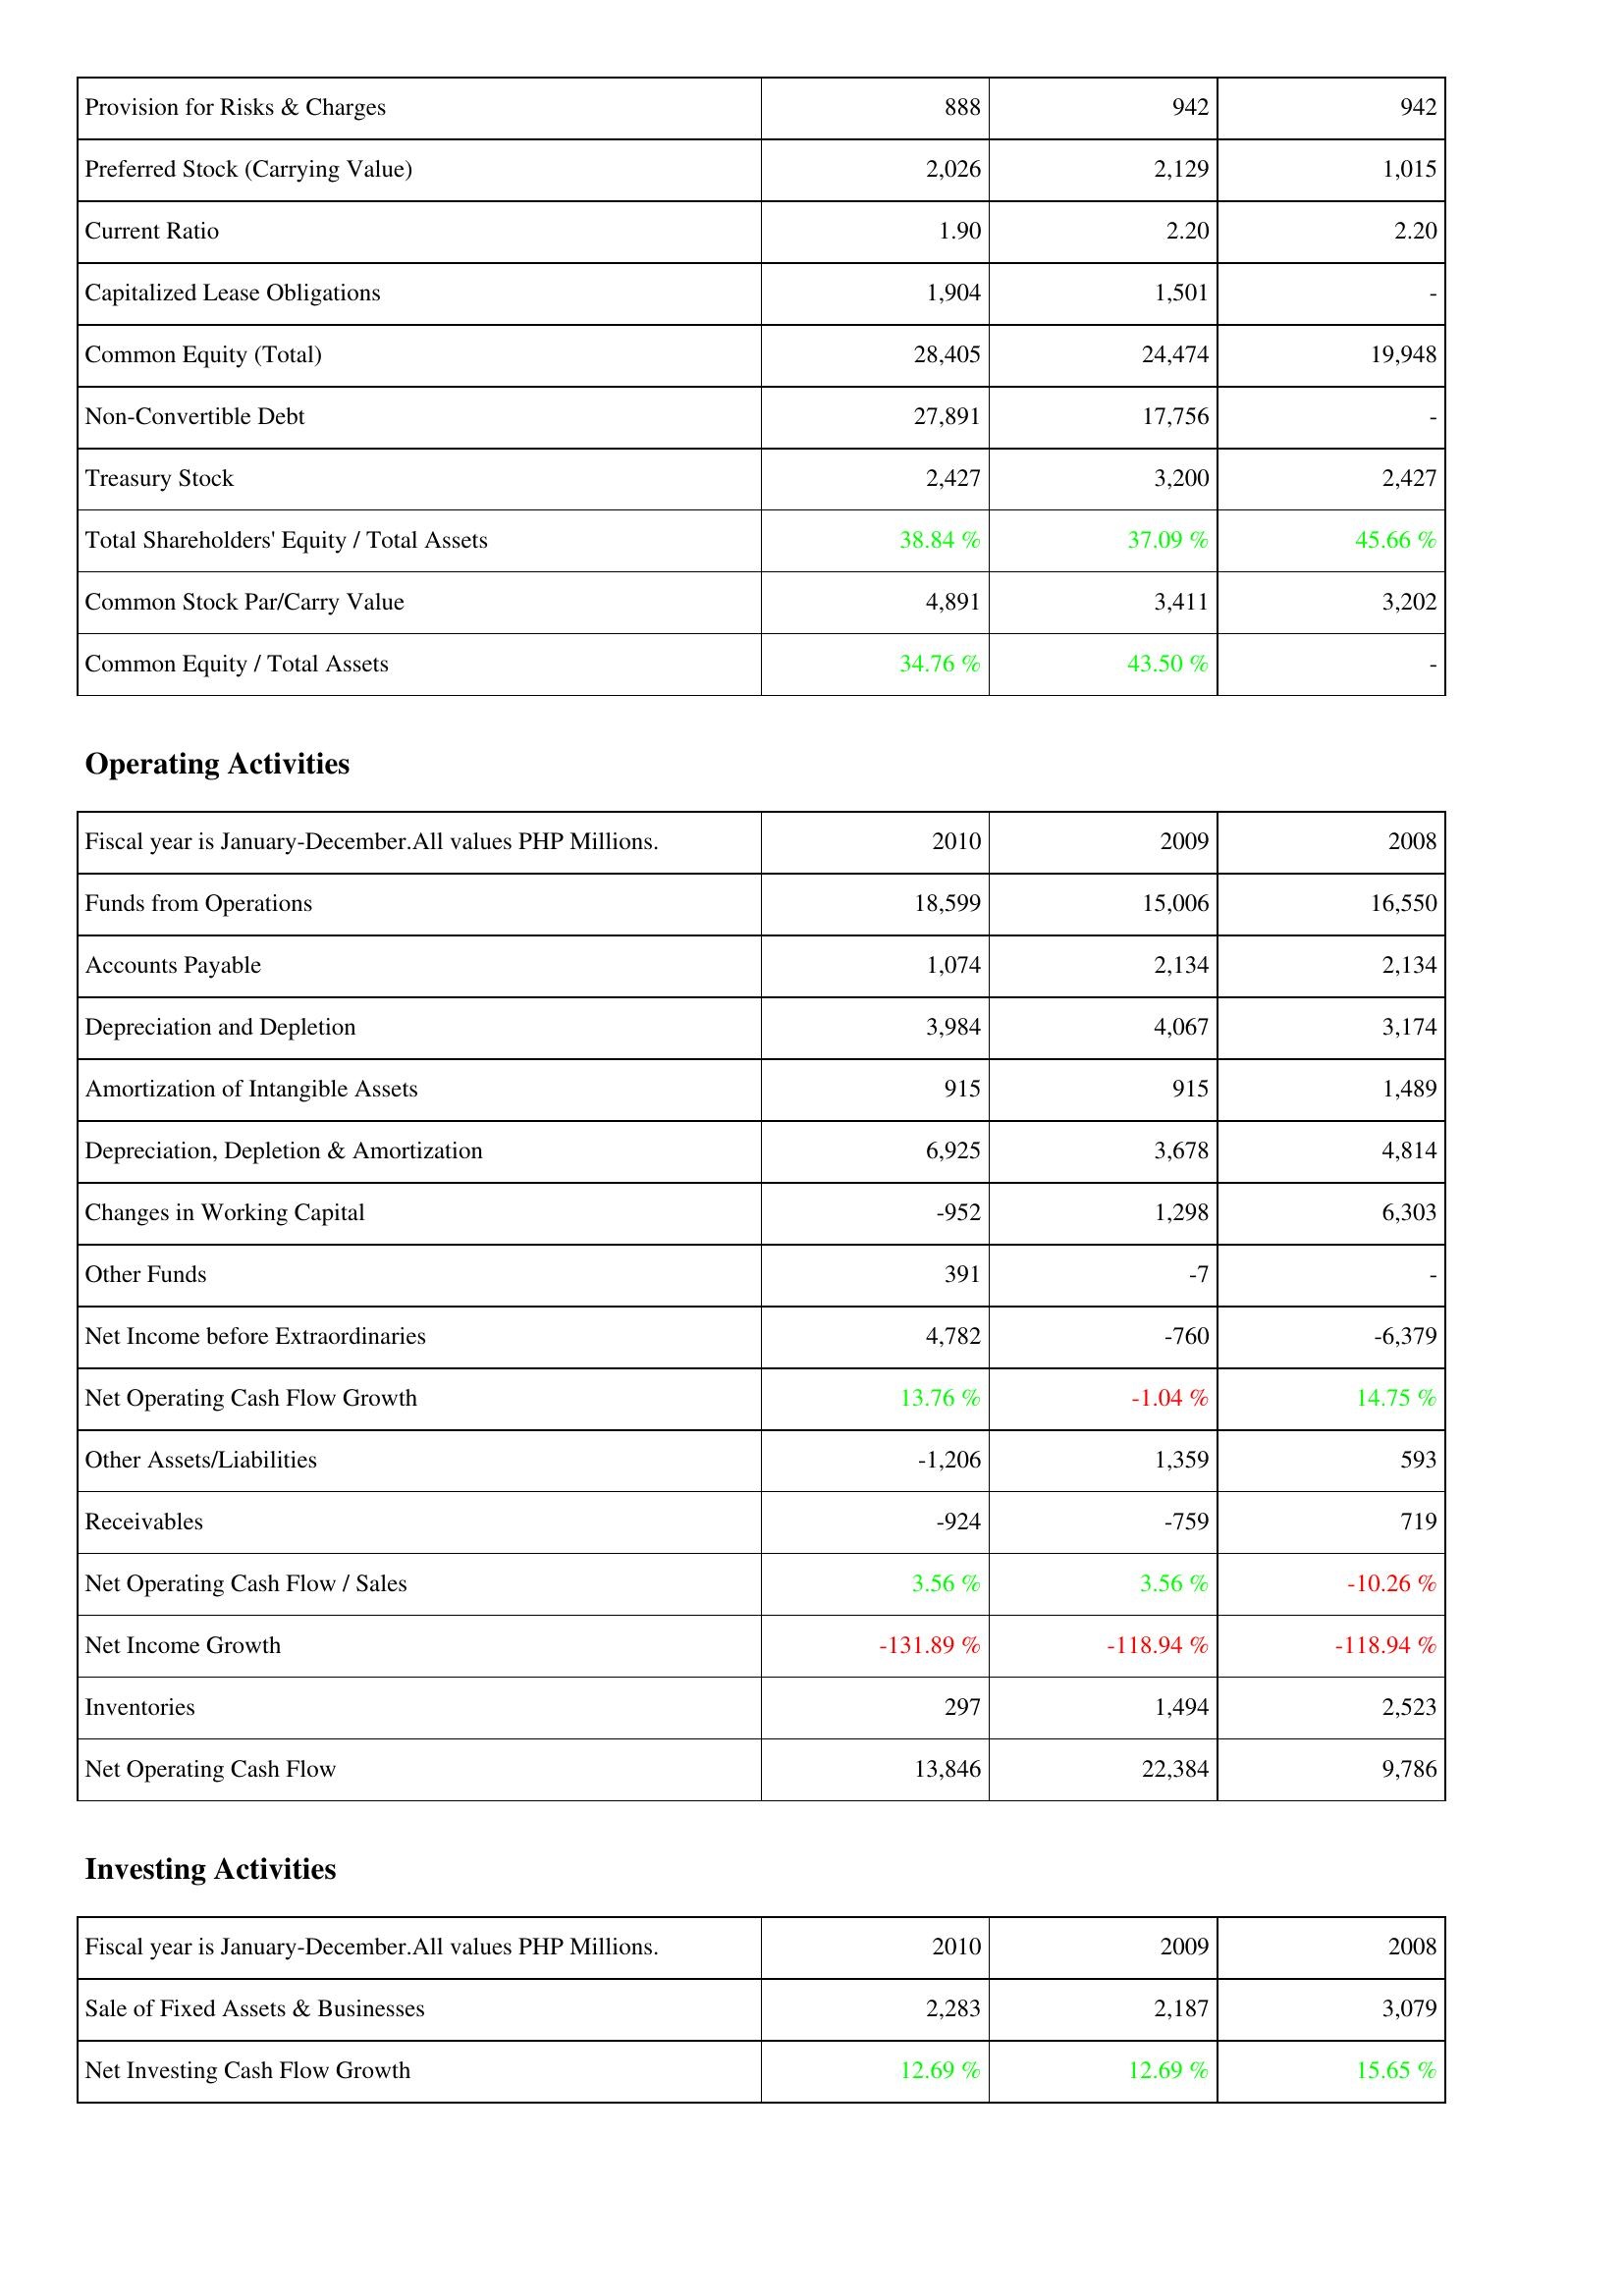
2010: Liabilities & Shareholders' Equity: Provision for Risks & Charges: 888
Preferred Stock (Carrying Value): 2,026
Current Ratio: 1.90
Capitalized Lease Obligations: 1,904
Common Equity (Total): 28,405
Non-Convertible Debt: 27,891
Treasury Stock: 2,427
Total Shareholders' Equity / Total Assets: 38.84 %
Common Stock Par/Carry Value: 4,891
Common Equity / Total Assets: 34.76 %
Operating Activities: Funds from Operations: 18,599
Accounts Payable: 1,074
Depreciation and Depletion: 3,984
Amortization of Intangible Assets: 915
Depreciation, Depletion & Amortization: 6,925
Changes in Working Capital: -952
Other Funds: 391
Net Income before Extraordinaries: 4,782
Net Operating Cash Flow Growth: 13.76 %
Other Assets/Liabilities: -1,206
Receivables: -924
Net Operating Cash Flow / Sales: 3.56 %
Net Income Growth: -131.89 %
Inventories: 297
Net Operating Cash Flow: 13,846
Investing Activities: Sale of Fixed Assets & Businesses: 2,283
Net Investing Cash Flow Growth: 12.69 %
2009: Liabilities & Shareholders' Equity: Provision for Risks & Charges: 942
Preferred Stock (Carrying Value): 2,129
Current Ratio: 2.20
Capitalized Lease Obligations: 1,501
Common Equity (Total): 24,474
Non-Convertible Debt: 17,756
Treasury Stock: 3,200
Total Shareholders' Equity / Total Assets: 37.09 %
Common Stock Par/Carry Value: 3,411
Common Equity / Total Assets: 43.50 %
Operating Activities: Funds from Operations: 15,006
Accounts Payable: 2,134
Depreciation and Depletion: 4,067
Amortization of Intangible Assets: 915
Depreciation, Depletion & Amortization: 3,678
Changes in Working Capital: 1,298
Other Funds: -7
Net Income before Extraordinaries: -760
Net Operating Cash Flow Growth: -1.04 %
Other Assets/Liabilities: 1,359
Receivables: -759
Net Operating Cash Flow / Sales: 3.56 %
Net Income Growth: -118.94 %
Inventories: 1,494
Net Operating Cash Flow: 22,384
Investing Activities: Sale of Fixed Assets & Businesses: 2,187
Net Investing Cash Flow Growth: 12.69 %
2008: Liabilities & Shareholders' Equity: Provision for Risks & Charges: 942
Preferred Stock (Carrying Value): 1,015
Current Ratio: 2.20
Capitalized Lease Obligations: -
Common Equity (Total): 19,948
Non-Convertible Debt: -
Treasury Stock: 2,427
Total Shareholders' Equity / Total Assets: 45.66 %
Common Stock Par/Carry Value: 3,202
Common Equity / Total Assets: -
Operating Activities: Funds from Operations: 16,550
Accounts Payable: 2,134
Depreciation and Depletion: 3,174
Amortization of Intangible Assets: 1,489
Depreciation, Depletion & Amortization: 4,814
Changes in Working Capital: 6,303
Other Funds: -
Net Income before Extraordinaries: -6,379
Net Operating Cash Flow Growth: 14.75 %
Other Assets/Liabilities: 593
Receivables: 719
Net Operating Cash Flow / Sales: -10.26 %
Net Income Growth: -118.94 %
Inventories: 2,523
Net Operating Cash Flow: 9,786
Investing Activities: Sale of Fixed Assets & Businesses: 3,079
Net Investing Cash Flow Growth: 15.65 %